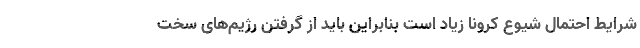
شرایط احتمال شیوع کرونا زیاد است بنابراین باید از گرفتن رژیم‌های سخت